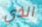
الذي